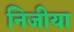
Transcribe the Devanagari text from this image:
निजीया